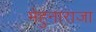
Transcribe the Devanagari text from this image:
मेहुनाराजा